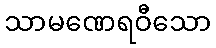
သာမဏေရဝီသော